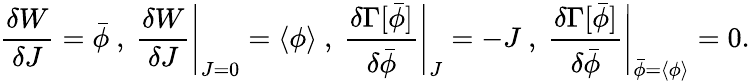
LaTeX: {\frac{\delta W}{\delta J}}={\bar{\phi}}~,~{\frac{\delta W}{\delta J}}{\Bigg|}_{J=0}=\langle\phi\rangle~,~{\frac{\delta\Gamma[{\bar{\phi}}]}{\delta{\bar{\phi}}}}{\Bigg|}_{J}=-J~,~{\frac{\delta\Gamma[{\bar{\phi}}]}{\delta{\bar{\phi}}}}{\Bigg|}_{{\bar{\phi}}=\langle\phi\rangle}=0.